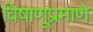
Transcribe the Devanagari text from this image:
विषाणूप्रमाणे